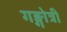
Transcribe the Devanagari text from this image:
गङ्गोत्री